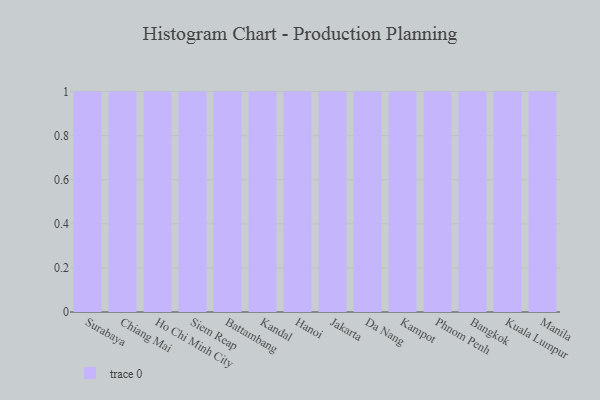
{"axis": {"x": "City", "y": "Budget (USD K)"}, "legend": [""], "data": [{"x": "Surabaya", "y": 32, "type": ""}, {"x": "Chiang Mai", "y": 43, "type": ""}, {"x": "Ho Chi Minh City", "y": 41, "type": ""}, {"x": "Siem Reap", "y": 24, "type": ""}, {"x": "Battambang", "y": 34, "type": ""}, {"x": "Kandal", "y": 94, "type": ""}, {"x": "Hanoi", "y": 89, "type": ""}, {"x": "Jakarta", "y": 94, "type": ""}, {"x": "Da Nang", "y": 2, "type": ""}, {"x": "Kampot", "y": 59, "type": ""}, {"x": "Phnom Penh", "y": 30, "type": ""}, {"x": "Bangkok", "y": 83, "type": ""}, {"x": "Kuala Lumpur", "y": 59, "type": ""}, {"x": "Manila", "y": 12, "type": ""}]}